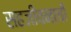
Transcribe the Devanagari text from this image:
सहजीवनाची